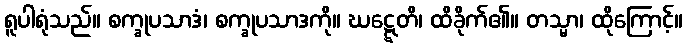
ရူပါရုံသည်။ စက္ခုပသာဒံ၊ စက္ခုပသာဒကို။ ဃဋ္ဋေတိ၊ ထိခိုက်၏။ တသ္မာ၊ ထိုကြောင့်။